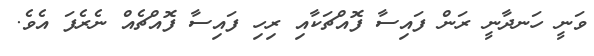
ވަނީ ހަނދާނީ ރަން ފައިސާ ފޮއްޗަކާއި ރިހި ފައިސާ ފޮއްޗެއް ނެރެފަ އެވެ.